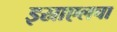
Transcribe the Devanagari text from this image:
इस्राएलचा